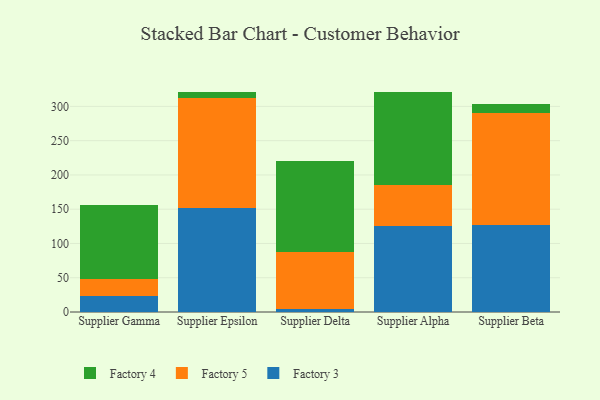
{"axis": {"x": "Supplier", "y": "Satisfaction Score"}, "legend": ["Factory 3", "Factory 4", "Factory 5"], "data": [{"x": "Supplier Gamma", "y": 22.7, "type": "Factory 3"}, {"x": "Supplier Gamma", "y": 26.1, "type": "Factory 5"}, {"x": "Supplier Gamma", "y": 106.8, "type": "Factory 4"}, {"x": "Supplier Epsilon", "y": 151.1, "type": "Factory 3"}, {"x": "Supplier Epsilon", "y": 160.5, "type": "Factory 5"}, {"x": "Supplier Epsilon", "y": 9.7, "type": "Factory 4"}, {"x": "Supplier Delta", "y": 5.0, "type": "Factory 3"}, {"x": "Supplier Delta", "y": 83.1, "type": "Factory 5"}, {"x": "Supplier Delta", "y": 131.8, "type": "Factory 4"}, {"x": "Supplier Alpha", "y": 125.1, "type": "Factory 3"}, {"x": "Supplier Alpha", "y": 60.0, "type": "Factory 5"}, {"x": "Supplier Alpha", "y": 136.5, "type": "Factory 4"}, {"x": "Supplier Beta", "y": 127.2, "type": "Factory 3"}, {"x": "Supplier Beta", "y": 162.6, "type": "Factory 5"}, {"x": "Supplier Beta", "y": 14.0, "type": "Factory 4"}]}